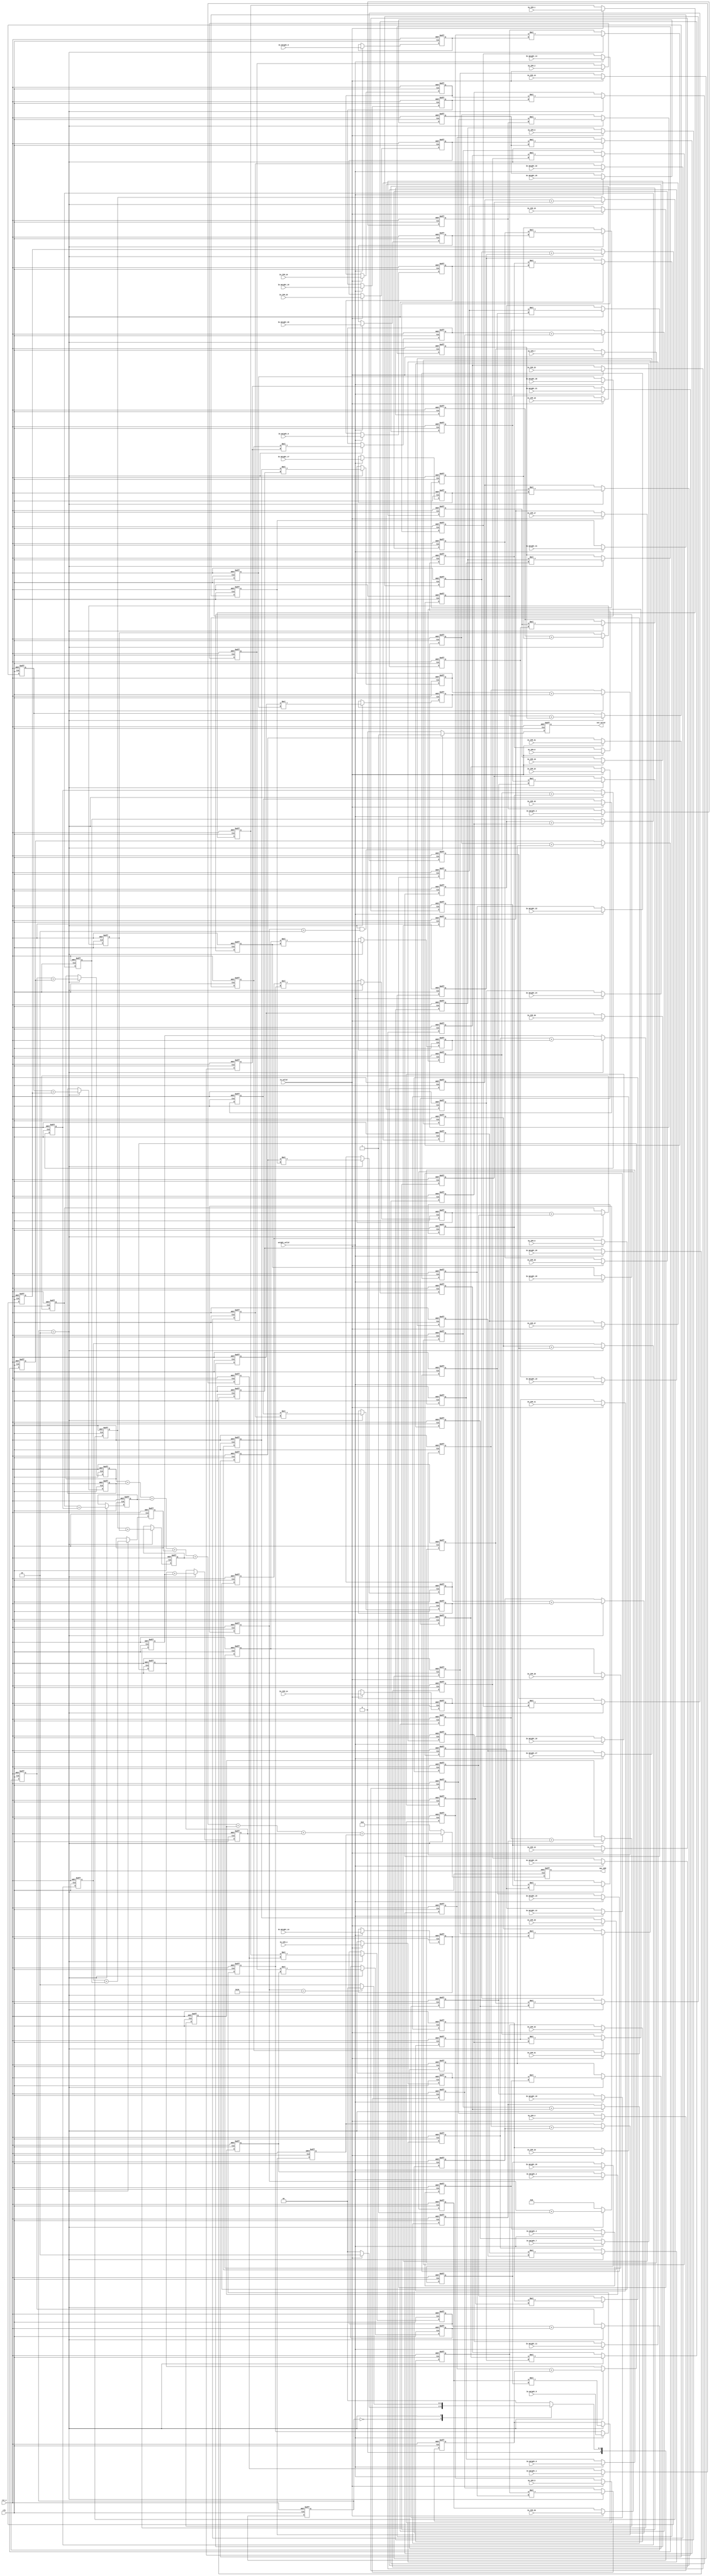
module Convolution(
    //input
    clk,
    rst_n,
    in_valid,
    weight_valid,
    In_IFM_1,
    In_IFM_2,
    In_IFM_3,
    In_IFM_4,
    In_IFM_5,
    In_IFM_6,
    In_IFM_7,
    In_IFM_8,
    In_IFM_9,
    In_IFM_10,
    In_IFM_11,
    In_IFM_12,
    In_IFM_13,
    In_IFM_14,
    In_IFM_15,
    In_IFM_16,
    In_IFM_17,
    In_IFM_18,
    In_IFM_19,
    In_IFM_20,
    In_IFM_21,
    In_IFM_22,
    In_IFM_23,
    In_IFM_24,
    In_IFM_25,
    In_IFM_26,
    In_IFM_27,
    In_IFM_28,
    In_IFM_29,
    In_IFM_30,
    In_IFM_31,
    In_IFM_32,

    In_Weight_1,
    In_Weight_2,
    In_Weight_3,
    In_Weight_4,
    In_Weight_5,
    In_Weight_6,
    In_Weight_7,
    In_Weight_8,
    In_Weight_9,
    In_Weight_10,
    In_Weight_11,
    In_Weight_12,
    In_Weight_13,
    In_Weight_14,
    In_Weight_15,
    In_Weight_16,
    In_Weight_17,
    In_Weight_18,
    In_Weight_19,
    In_Weight_20,
    In_Weight_21,
    In_Weight_22,
    In_Weight_23,
    In_Weight_24,
    In_Weight_25,
    In_Weight_26,
    In_Weight_27,
    In_Weight_28,
    In_Weight_29,
    In_Weight_30,
    In_Weight_31,
    In_Weight_32,

    //output
    out_valid, 
    Out_OFM
);

input clk, rst_n, in_valid, weight_valid;
input [3:0]In_IFM_1;
input [3:0]In_IFM_2;
input [3:0]In_IFM_3;
input [3:0]In_IFM_4;
input [3:0]In_IFM_5;
input [3:0]In_IFM_6;
input [3:0]In_IFM_7;
input [3:0]In_IFM_8;
input [3:0]In_IFM_9;
input [3:0]In_IFM_10;
input [3:0]In_IFM_11;
input [3:0]In_IFM_12;
input [3:0]In_IFM_13;
input [3:0]In_IFM_14;
input [3:0]In_IFM_15;
input [3:0]In_IFM_16;
input [3:0]In_IFM_17;
input [3:0]In_IFM_18;
input [3:0]In_IFM_19;
input [3:0]In_IFM_20;
input [3:0]In_IFM_21;
input [3:0]In_IFM_22;
input [3:0]In_IFM_23;
input [3:0]In_IFM_24;
input [3:0]In_IFM_25;
input [3:0]In_IFM_26;
input [3:0]In_IFM_27;
input [3:0]In_IFM_28;
input [3:0]In_IFM_29;
input [3:0]In_IFM_30;
input [3:0]In_IFM_31;
input [3:0]In_IFM_32;

input [3:0]In_Weight_1;
input [3:0]In_Weight_2;
input [3:0]In_Weight_3;
input [3:0]In_Weight_4;
input [3:0]In_Weight_5;
input [3:0]In_Weight_6;
input [3:0]In_Weight_7;
input [3:0]In_Weight_8;
input [3:0]In_Weight_9;
input [3:0]In_Weight_10;
input [3:0]In_Weight_11;
input [3:0]In_Weight_12;
input [3:0]In_Weight_13;
input [3:0]In_Weight_14;
input [3:0]In_Weight_15;
input [3:0]In_Weight_16;
input [3:0]In_Weight_17;
input [3:0]In_Weight_18;
input [3:0]In_Weight_19;
input [3:0]In_Weight_20;
input [3:0]In_Weight_21;
input [3:0]In_Weight_22;
input [3:0]In_Weight_23;
input [3:0]In_Weight_24;
input [3:0]In_Weight_25;
input [3:0]In_Weight_26;
input [3:0]In_Weight_27;
input [3:0]In_Weight_28;
input [3:0]In_Weight_29;
input [3:0]In_Weight_30;
input [3:0]In_Weight_31;
input [3:0]In_Weight_32;

reg [7:0]MUL_Buffer[0:31];
reg [8:0]Adder_Buffer[0:15];
reg [9:0]Adder_Buffer1[0:7];

output reg out_valid;
output reg [12:0] Out_OFM;

reg [2:0] state_cs, state_ns;
parameter IDLE = 3'd0;
parameter EXE = 3'd2;

reg [3:0] IFM[0:31];
reg [3:0] Weight[0:31];

reg [6:0] count_out;

integer i;

always@(posedge clk or negedge rst_n) begin
    if(!rst_n)
        state_cs <= IDLE;
    else
        state_cs <= state_ns;
end

always@(*) begin
    case(state_cs)
        IDLE:
            begin
            if(in_valid)
                state_ns = EXE;
            else
                state_ns = IDLE;
            end
        EXE:
            begin
            if(count_out == 52)
                state_ns = IDLE;
            else
                state_ns = EXE;
            end
        default:
            state_ns = IDLE;
    endcase
end

always@(posedge clk or negedge rst_n) begin
    if(!rst_n) begin
        for(i=0; i<32; i=i+1) begin
            Weight[i] <= 0;
        end
    end

    else if(weight_valid) begin
        Weight[0] <= In_Weight_1;
        Weight[1] <= In_Weight_2;
        Weight[2] <= In_Weight_3;
        Weight[3] <= In_Weight_4;
        Weight[4] <= In_Weight_5;
        Weight[5] <= In_Weight_6;
        Weight[6] <= In_Weight_7;
        Weight[7] <= In_Weight_8;
        Weight[8] <= In_Weight_9;
        Weight[9] <= In_Weight_10;
        Weight[10] <= In_Weight_11;
        Weight[11] <= In_Weight_12;
        Weight[12] <= In_Weight_13;
        Weight[13] <= In_Weight_14;
        Weight[14] <= In_Weight_15;
        Weight[15] <= In_Weight_16;
        Weight[16] <= In_Weight_17;
        Weight[17] <= In_Weight_18;
        Weight[18] <= In_Weight_19;
        Weight[19] <= In_Weight_20;
        Weight[20] <= In_Weight_21;
        Weight[21] <= In_Weight_22;
        Weight[22] <= In_Weight_23;
        Weight[23] <= In_Weight_24;
        Weight[24] <= In_Weight_25;
        Weight[25] <= In_Weight_26;
        Weight[26] <= In_Weight_27;
        Weight[27] <= In_Weight_28;
        Weight[28] <= In_Weight_29;
        Weight[29] <= In_Weight_30;
        Weight[30] <= In_Weight_31;
        Weight[31] <= In_Weight_32;
    end
end

always@(posedge clk or negedge rst_n) begin
    if(!rst_n) begin
        for(i=0; i<32; i=i+1) begin
            IFM[i] <= 0;
        end
    end

    else if(in_valid) begin
        IFM[0] <= In_IFM_1;
        IFM[1] <= In_IFM_2;
        IFM[2] <= In_IFM_3;
        IFM[3] <= In_IFM_4;
        IFM[4] <= In_IFM_5;
        IFM[5] <= In_IFM_6;
        IFM[6] <= In_IFM_7;
        IFM[7] <= In_IFM_8;
        IFM[8] <= In_IFM_9;
        IFM[9] <= In_IFM_10;
        IFM[10] <= In_IFM_11;
        IFM[11] <= In_IFM_12;
        IFM[12] <= In_IFM_13;
        IFM[13] <= In_IFM_14;
        IFM[14] <= In_IFM_15;
        IFM[15] <= In_IFM_16;
        IFM[16] <= In_IFM_17;
        IFM[17] <= In_IFM_18;
        IFM[18] <= In_IFM_19;
        IFM[19] <= In_IFM_20;
        IFM[20] <= In_IFM_21;
        IFM[21] <= In_IFM_22;
        IFM[22] <= In_IFM_23;
        IFM[23] <= In_IFM_24;
        IFM[24] <= In_IFM_25;
        IFM[25] <= In_IFM_26;
        IFM[26] <= In_IFM_27;
        IFM[27] <= In_IFM_28;
        IFM[28] <= In_IFM_29;
        IFM[29] <= In_IFM_30;
        IFM[30] <= In_IFM_31;
        IFM[31] <= In_IFM_32;
    end
end

always@(posedge clk or negedge rst_n) begin
    if(!rst_n)
        count_out <= 0;
    else if(state_cs == EXE)
        count_out <= count_out + 1;
    else
        count_out <= 0;
end

always@(posedge clk or negedge rst_n) begin
    if(!rst_n)
        out_valid <= 0;
    else if(state_cs == EXE && count_out >2)
        out_valid <= 1;
    else
        out_valid <= 0;
end

always @(posedge clk or negedge rst_n) begin
  if (!rst_n) begin
    for(i=0;i<32;i=i+1) begin
      MUL_Buffer[i] <=0;
    end
  end
  else if(state_cs == EXE) begin
    for(i=0;i<32;i=i+1) begin
      MUL_Buffer[i] <= IFM[i] * Weight[i];
    end
  end
end

always @(posedge clk or negedge rst_n) begin
  if (!rst_n) begin
    for(i=0;i<16;i=i+1) begin
      Adder_Buffer[i] <=0;
    end
  end
  else if(state_cs == EXE) begin
      Adder_Buffer[0] <= MUL_Buffer[0] + MUL_Buffer[1];
      Adder_Buffer[1] <= MUL_Buffer[2] + MUL_Buffer[3];
      Adder_Buffer[2] <= MUL_Buffer[4] + MUL_Buffer[5];
      Adder_Buffer[3] <= MUL_Buffer[6] + MUL_Buffer[7];
      Adder_Buffer[4] <= MUL_Buffer[8] + MUL_Buffer[9];
      Adder_Buffer[5] <= MUL_Buffer[10] + MUL_Buffer[11];
      Adder_Buffer[6] <= MUL_Buffer[12] + MUL_Buffer[13];
      Adder_Buffer[7] <= MUL_Buffer[14] + MUL_Buffer[15];
      Adder_Buffer[8] <= MUL_Buffer[16] + MUL_Buffer[17];
      Adder_Buffer[9] <= MUL_Buffer[18] + MUL_Buffer[19];
      Adder_Buffer[10] <= MUL_Buffer[20] + MUL_Buffer[21];
      Adder_Buffer[11] <= MUL_Buffer[22] + MUL_Buffer[23];
      Adder_Buffer[12] <= MUL_Buffer[24] + MUL_Buffer[25];
      Adder_Buffer[13] <= MUL_Buffer[26] + MUL_Buffer[27];
      Adder_Buffer[14] <= MUL_Buffer[28] + MUL_Buffer[29];
      Adder_Buffer[15] <= MUL_Buffer[30] + MUL_Buffer[31];

  end
end

always @(posedge clk or negedge rst_n) begin
  if (!rst_n) begin
    for(i=0;i<8;i=i+1) begin
      Adder_Buffer1[i] <=0;
    end
  end
  else if(state_cs == EXE) begin
      Adder_Buffer1[0] <= Adder_Buffer[0] + Adder_Buffer[1];
      Adder_Buffer1[1] <= Adder_Buffer[2] + Adder_Buffer[3];
      Adder_Buffer1[2] <= Adder_Buffer[4] + Adder_Buffer[5];
      Adder_Buffer1[3] <= Adder_Buffer[6] + Adder_Buffer[7];
      Adder_Buffer1[4] <= Adder_Buffer[8] + Adder_Buffer[9];
      Adder_Buffer1[5] <= Adder_Buffer[10] + Adder_Buffer[11];
      Adder_Buffer1[6] <= Adder_Buffer[12] + Adder_Buffer[13];
      Adder_Buffer1[7] <= Adder_Buffer[14] + Adder_Buffer[15];


  end
end

always@(posedge clk or negedge rst_n) begin
    if(!rst_n)
        Out_OFM <= 0;
    else if(state_cs == EXE) begin
        Out_OFM <= Adder_Buffer1[0]
        + Adder_Buffer1[1]
        + Adder_Buffer1[2]
        + Adder_Buffer1[3]
        + Adder_Buffer1[4]
        + Adder_Buffer1[5]
        + Adder_Buffer1[6]
        + Adder_Buffer1[7];
    end
    else
        Out_OFM <= 0;
end

endmodule